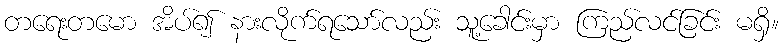
တရေးတမော အိပ်၍ နားလိုက်ရသော်လည်း သူ့ခေါင်းမှာ ကြည်လင်ခြင်း မရှိ။